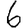
Digit: 6